Lunatic asylums United Provinces 1899-1908 - 1899-1908
Year: 1899
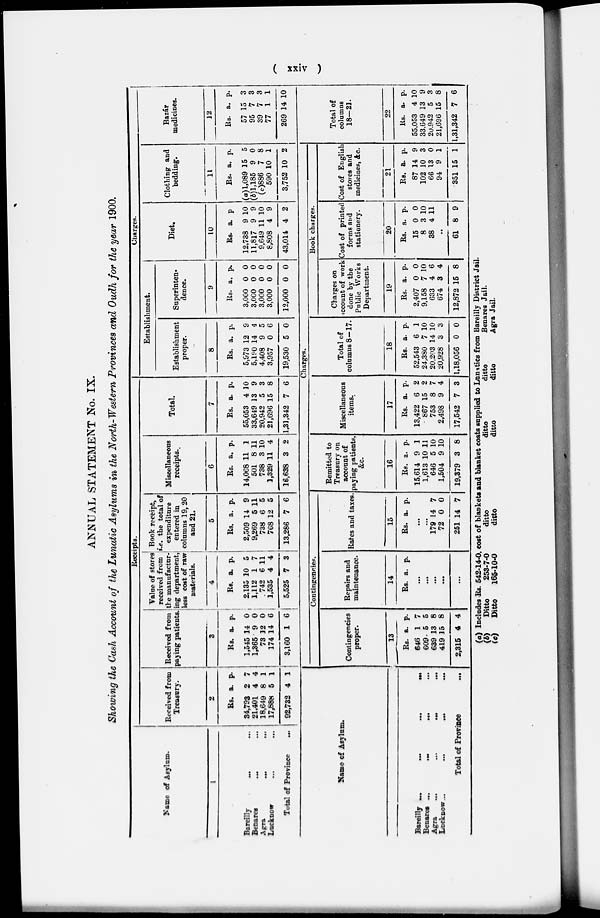
( xxiv )
ANNUAL STATEMENT No. IX.
Showing the Cash Account of the Lunatic Asylums in the North-Western Provinces and Oudh for the year 1900.
Name of Asylum.
1
Bareilly … …
Benares … …
Agra … …
Lucknow … …
Total
Province …
Receipts.
Received from
Treasury.
2
Rs.
34,793
21,401
18,649
17,888
92,732
a.
2
4
8
5
4
p.
7
4
1
1
1
Received from
paying patients.
3
Rs.
1,545
1,365
73
174
3,160
a.
14
9
32
14
1
p.
0
0
0
6
6
Value of stores
received from
the manufactur-
ing department,
less cost of raw
materials.
4
Rs.
2,135
1,112
742
1,535
5,525
a.
10
1
6
4
7
p.
5
7
11
4
3
Book receipt,
i.e. the total of
expenditure
entered in
columns 19, 20
and 21.
5
Rs.
2,509
9,269
738
768
13,286
a.
14
5
6
12
7
p.
9
11
5
5
6
Miscellaneous
receipts.
6
Rs.
14,068
501
738
1,329
16,638
a.
11
8
3
11
3
p.
1
11
10
4
2
Total.
7
Rs.
55,053
33,649
20,942
21,696
1,31,342
a.
4
13
5
15
7
p.
10
9
3
8
6
Charges.
Establishment.
Establishment
proper.
8
Rs.
5,973
5,190
4,408
3,957
19,530
a.
12
14
9
0
5
p.
9
4
5
6
0
Superinten-
dence.
9
Rs.
3,000
3,000
3,000
3,000
12,000
a.
0
0
0
0
0
p.
0
0
0
0
0
Diet.
10
Rs.
12,738
11,817
9,649
8,808
43,014
a.
9
9
11
4
4
p.
10
9
10
9
2
Clothing and
bedding.
11
Rs.
(a)1,089
(b)1,185
(c)886
590
3,752
a.
15
9
7
10
10
p.
5
0
8
1
2
Bazár
medicines.
12
Rs.
57
95
39
77
269
a.
15
7
7
1
14
p.
3
3
3
1
10
Name of Asylum.
Bareilly … … … …
Benares ...
…
…
...
Agra
...
...
…
…
Lucknow ...
... … …
Total of Province
...
Charges.
Contingencies.
Contingencies
proper.
13
Rs.
646
609
639
419
2,315
a.
1
5
13
15
4
p.
7
5
8
8
4
Repairs and
maintenance.
14
Rs. a. p.
...
...
...
…
...
Rates and taxes.
15
Rs. a. p.
...
...
179
72
251
14
0
14
7
0
7
Remitted to
Treasury on
account of
paying patients,
&c.
16
Rs.
15,614
1,613
646
1,504
19,379
a.
9
10
5
9
3
p.
1
11
10
10
8
Miscellaneous
items.
17
Rs.
13,422
867
753
2,498
17,542
a.
6
15
8
9
7
p.
2
2
7
4
3
Total of
columns 8—17.
18
Rs.
52,543
24,380
20,203
20,928
1,18,056
a.
6
7
14
3
0
p.
1
10
10
3
0
Book charges.
Charges on
account of work
done by the
Public Works
Department.
19
Rs.
2,407
9,158
633
674
12,872
a.
0
7
4
3
15
p.
0
10
6
4
8
Cost of printed
forms a and
stationery.
20
Rs.
15
8
38
a.
0
3
4
p.
0
10
11
..
61 8 9
Cost of English
stores and
medicines, &c.
21
Rs.
87
102
66
94
351
a.
14
10
13
9
15
p.
9
3
0
1
1
Total of
columns
18—21.
22
Rs.
55,053
33,649
20,942
21,696
1,31,342
a.
4
13
5
15
7
p.
10
9
3
8
6
(a)
(b)
(c)
Includes Rs. 542-14-0, cost of blankets and blanket coats supplied to Lumatics from Bareilly District Jail.
Ditto
253-7-0
ditto
ditto
ditto
Benares Jail.
Ditto
165-10-0
ditto
ditto
ditto
Agra Jail.